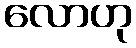
လောဟု